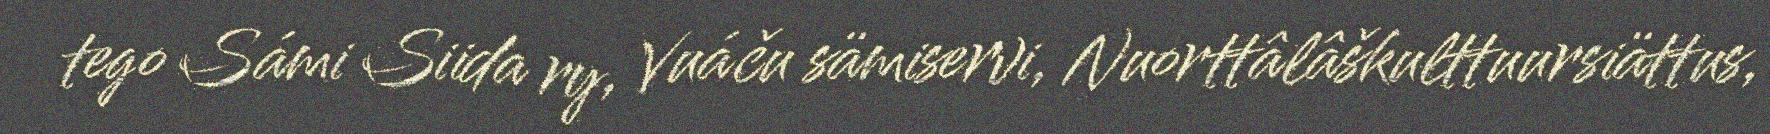
tego Sámi Siida ry, Vuáču sämiservi, Nuorttâlâškulttuursiättus,